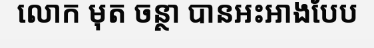
លោក មុត ចន្ថា បានអះអាងបែប